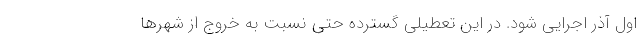
اول آذر اجرایی شود. در این تعطیلی گسترده حتی نسبت به خروج از شهرها